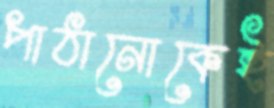
পাঠানোকেই